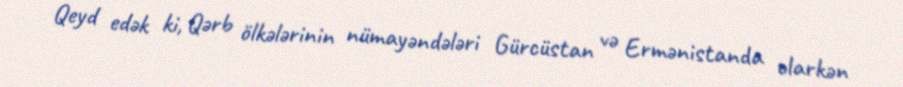
Qeyd edək ki, Qərb ölkələrinin nümayəndələri Gürcüstan və Ermənistanda olarkən